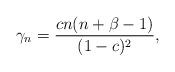
LaTeX: \begin{align*}\gamma_n=\frac{cn(n+\beta-1)}{(1-c)^2},\end{align*}